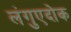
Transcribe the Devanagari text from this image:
लंगुएदोक